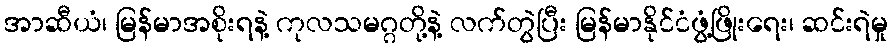
အာဆီယံ၊ မြန်မာအစိုးရနဲ့ ကုလသမဂ္ဂတို့နဲ့ လက်တွဲပြီး မြန်မာနိုင်ငံဖွံ့ဖြိုးရေး၊ ဆင်းရဲမှု